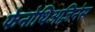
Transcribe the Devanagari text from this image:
फेनोथिअज़िनेस